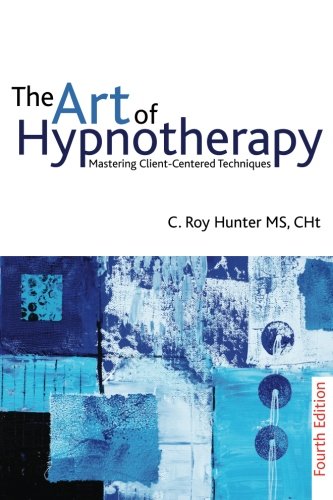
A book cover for The Art of Hypnotherapy; Roy Hunter; Self-Help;